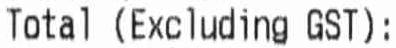
TOTAL (EXCLUDING GST):